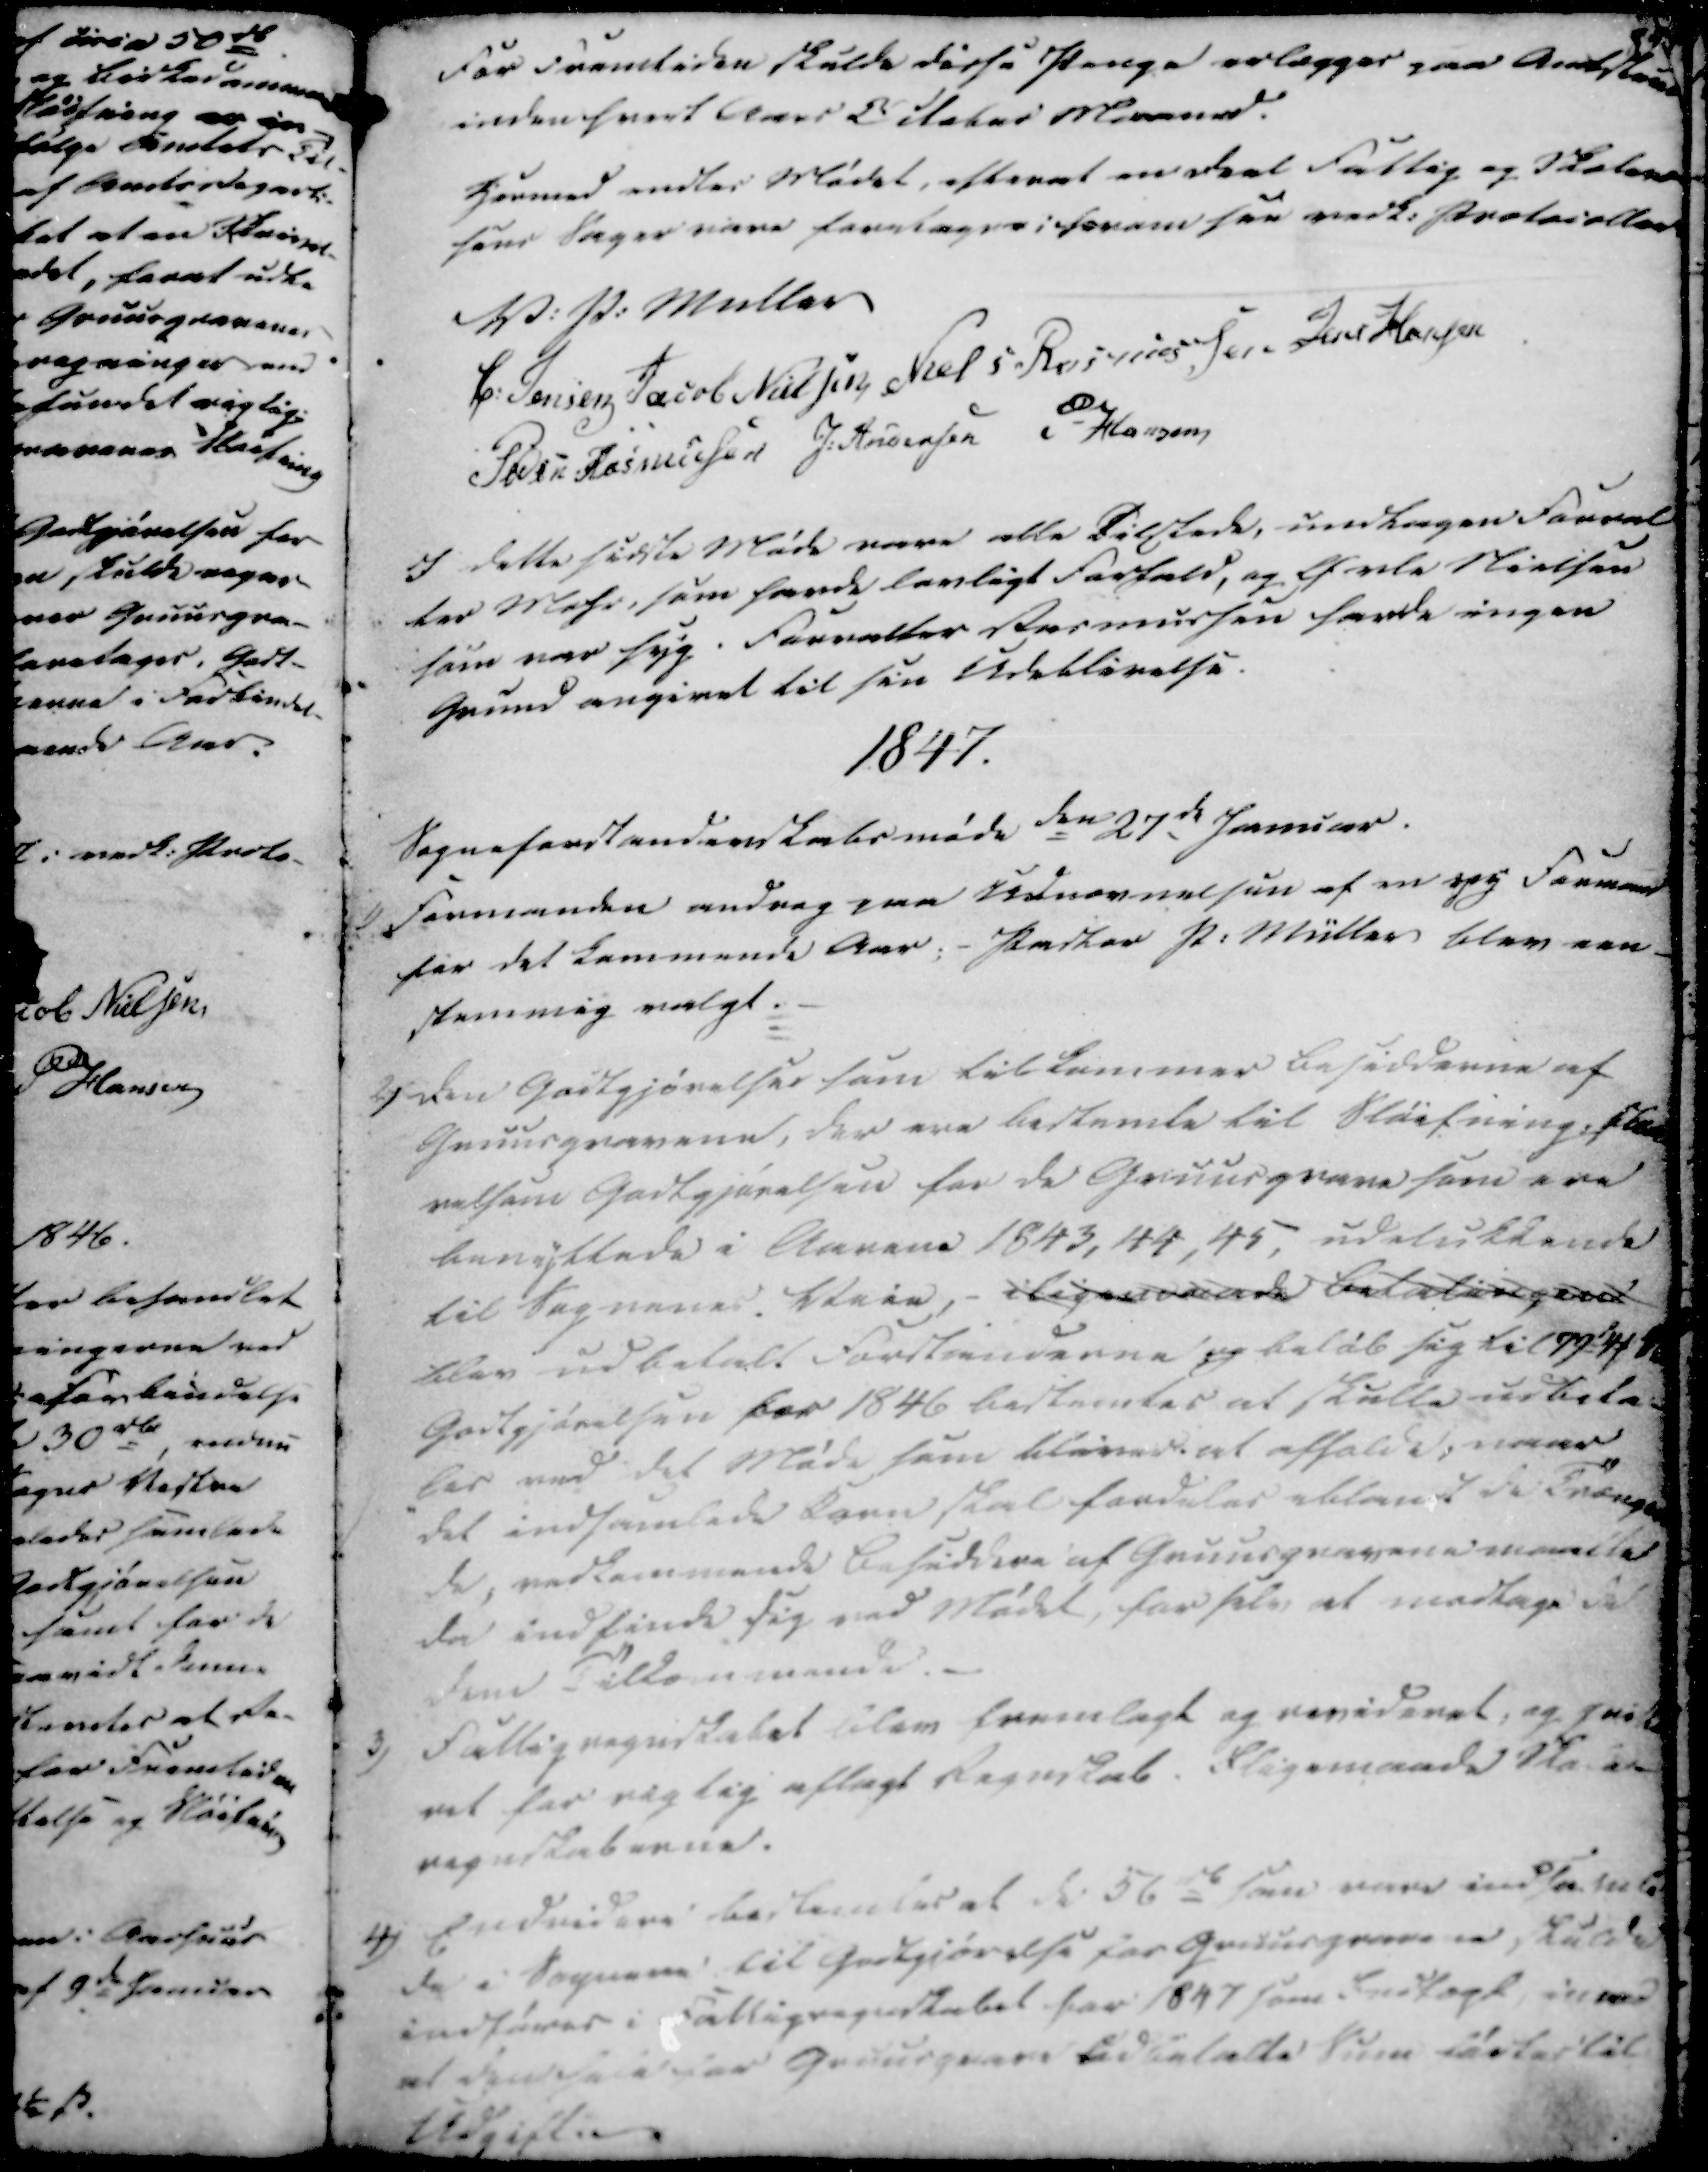
Transskription:
For Fremtiden skulde disse Penge erlægges paa Amtstuen
inden hvert Aars October Maaned.
Hermed endtes Mødet, efterat en Deel Fattig og Skolevæ
sens Sager vare foretagne i herom saa vedk. Protocoller
V. P: Müller
C. Jensen
Jacob Nielsen
Niels Rasmussen
Jens Hansen
Peder Rasmussen
J. Andersen
P Hansen

I dette sidste Møde vare alle tilstede, undtagen Forval
ter Mohr, som havde lovligt Forfald, og Orla Nielsen
som var syg. Forvalter Rasmussen havde ingen
Grund angivet til sin Udeblivelse.

1847.

Sogneforstanderskabsmøde den 27de Januar.
1)
Formanden androg paa Udnævnelsen af en ny Formand
for det kommende Aar; - Pastor P. Müller blev een-
stemmig valgt.

2)
Den Godtgjørelses som tilkommer Besidderne af
Gruusgravene, der ere bestemte til Sløifning, st
relsam Godtgjørelsen for de Gruusgrave som ere
benyttede i Aarene 1843, 44, 45, udelukkende
til Sognenes Veie,- iligemaade betalingens
blev udbetale Forstienderne og beløb sig til 79 d 41 ₻
Godtgjørelsen for 1846 bestemtes at skulle udbeta-
-les ved det Møde som bliver at afholde, naar
det indsamlede Korn skal fordeles iblandt de Trængen
de, vedkommende Besiddere af Gruusgravene maatte
da indfinde sig ved Mødet, for selv at modtage det
dem tilkommende.

3)
Fattigregnskabet blev fremlagt og revideret, og qvitte
ret for rigtig aflagt Regnskab. Iligemaade Skole-
regnskaberne.

4.)
Endvidere bestemtes at de 56 rd som vare ind Tasnle
de i Sognene til Godtgjørelse for Gruusgravene skulde
indføres i Fattigregnskabet for 1847 som Indtægt, imod
at den hele har Gruusgrave Udbetalte Siden førtes til
Udgift.